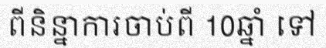
ពីនិន្នាការចាប់ពី 10ឆ្នាំ ទៅ